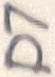
Text: D7